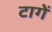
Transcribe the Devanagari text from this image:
टागें